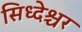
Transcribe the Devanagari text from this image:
सिध्देश्चर